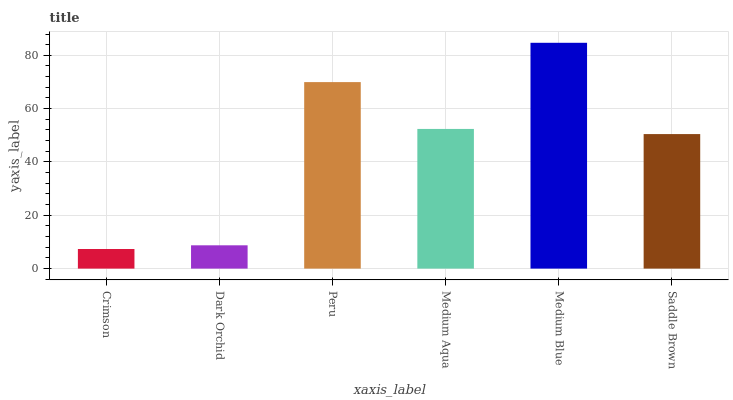
| xaxis_label | bars |
 | --- | --- |
 | Crimson | 7.36 |
 | Dark Orchid | 8.74 |
 | Peru | 70 |
 | Medium Aqua | 52.4 |
 | Medium Blue | 84.7 |
 | Saddle Brown | 50.5 |